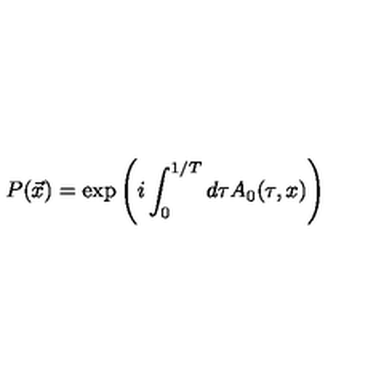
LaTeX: P ( \vec { x } ) = \exp \left( i \int _ { 0 } ^ { 1 / T } d \tau A _ { 0 } ( \tau , x ) \right)